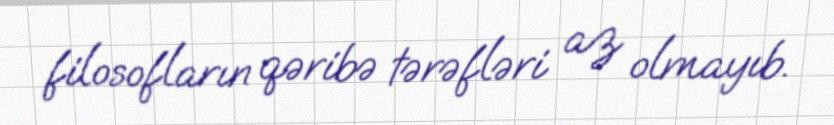
filosofların qəribə tərəfləri az olmayıb.